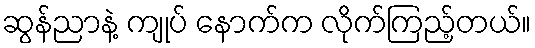
ဆွန်ညာနဲ့ ကျုပ် နောက်က လိုက်ကြည့်တယ်။